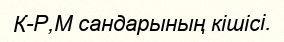
К-Р,М сандарының кішісі.